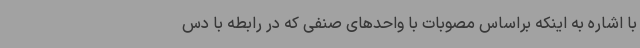
با اشاره به اینکه براساس مصوبات با واحدهای صنفی که در رابطه با دس